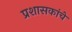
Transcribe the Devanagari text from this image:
प्रशासकांचे